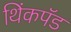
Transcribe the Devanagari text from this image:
थिंकपॅड